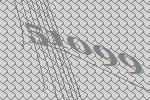
51099